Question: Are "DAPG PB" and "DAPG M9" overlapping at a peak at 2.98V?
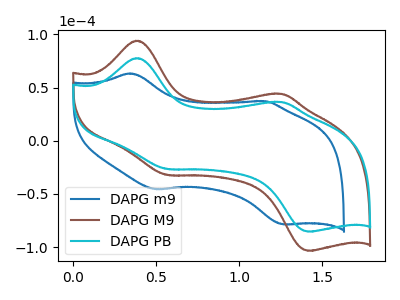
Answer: <think>The blue curve "DAPG m9" has anodic peaks at (0.35V, 63.30uA) (1.15V, 37.25uA) and cathodic peaks at (0.50V, -45.65uA) (1.25V, -78.55uA). The brown curve "DAPG M9" has anodic peaks at (0.40V, 94.05uA) (1.25V, 44.10uA) and cathodic peaks at (0.55V, -32.10uA) (1.40V, -103.40uA). The cyan curve "DAPG PB" has anodic peaks at (0.40V, 77.70uA) (1.25V, 36.40uA) and cathodic peaks at (0.55V, -26.50uA) (1.40V, -85.40uA).</think>
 <answer>No, "DAPG PB" and "DAPG M9" dont share a peak at 2.98V.</answer>
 <eval>mismatch</eval>